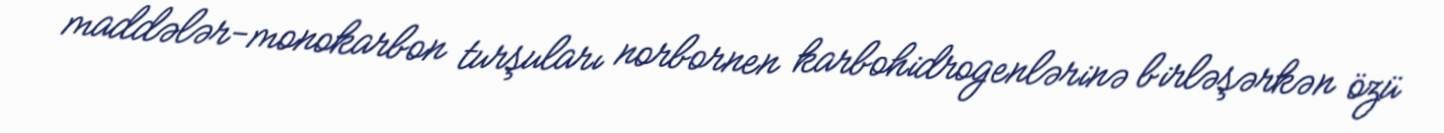
maddələr-monokarbon turşuları norbornen karbohidrogenlərinə birləşərkən özü